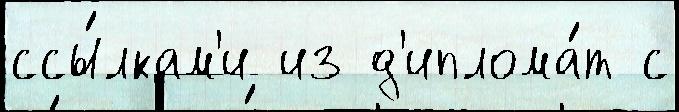
ссы́лкам'и из д'иплома́т с